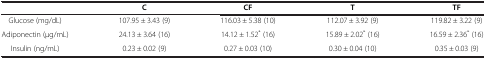
|  | C | CF | T | TF |
 | --- | --- | --- | --- | --- |
 | Glucose (mg/dL) | 107.95 ± 3.43 (9) | 116.03 ± 5.38 (10) | 112.07 ± 3.92 (9) | 119.82 ± 3.22 (9) |
 | Adiponectin (μg/mL) | 24.13 ± 3.64 (16) | 14.12 ± 1.52* (16) | 15.89 ± 2.02* (16) | 16.59 ± 2.36* (16) |
 | Insulin (ng/mL) | 0.23 ± 0.02 (9) | 0.27 ± 0.03 (10) | 0.30 ± 0.04 (10) | 0.35 ± 0.03 (9) |